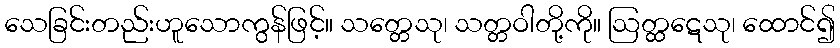
သေခြင်းတည်းဟူသောကွန်ဖြင့်။ သတ္တေသု၊ သတ္တဝါတို့ကို။ ဩတ္ထဋေသု၊ ထောင်၍